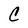
Character: C